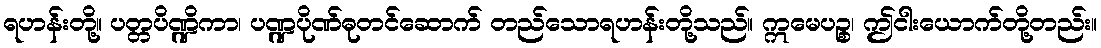
ရဟန်းတို့။ ပတ္တပိဏ္ဍိကာ၊ ပဏ္ဍပိုဏ်ဓုတင်ဆောက် တည်သောရဟန်းတို့သည်။ ဣမေပဉ္စ၊ ဤငါးယောက်တို့တည်း။